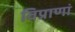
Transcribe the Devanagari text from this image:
विप्राणां